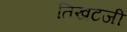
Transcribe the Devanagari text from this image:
तिखटजी